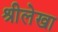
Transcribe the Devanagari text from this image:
श्रीलेखा